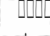
: